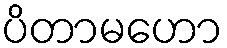
ပိတာမဟော